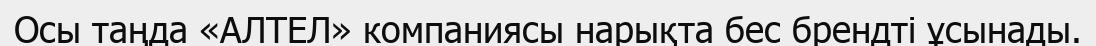
Осы таңда «АЛТЕЛ» компаниясы нарықта бес брендті ұсынады.